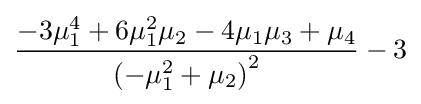
{\frac {-3\mu _{1}^{4}+6\mu _{1}^{2}\mu _{2}-4\mu _{1}\mu _{3}+\mu _{4}}{\left(-\mu _{1}^{2}+\mu _{2}\right)^{2}}}-3